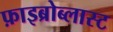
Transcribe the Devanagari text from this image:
फ़ाइब्रोब्लास्ट